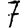
Digit: 7